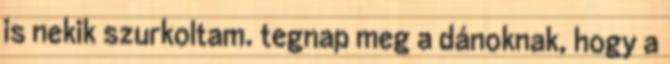
is nekik szurkoltam. tegnap meg a dánoknak, hogy a